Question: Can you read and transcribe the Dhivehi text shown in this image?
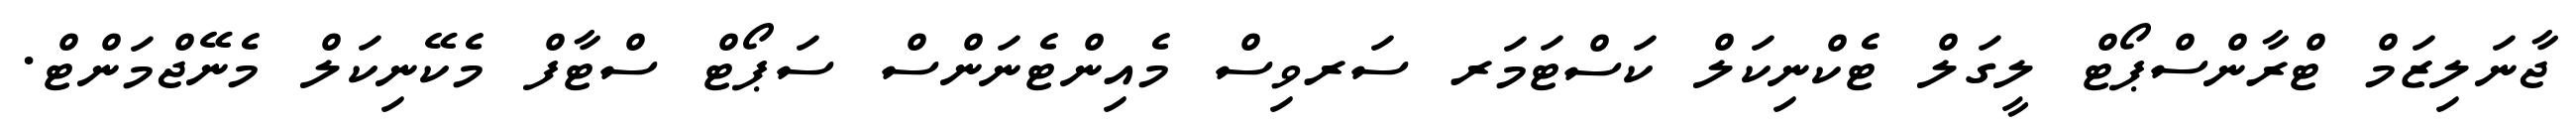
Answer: ޖާނަލިޒަމް ޓްރާންސްޕޯޓް ލީގަލް ޓެކްނިކަލް ކަސްޓަމަރ ސަރވިސް މެއިންޓެނަންސް ސަޕޯޓް ސްޓާފް މެކޭނިކަލް މެނޭޖްމަންޓް.